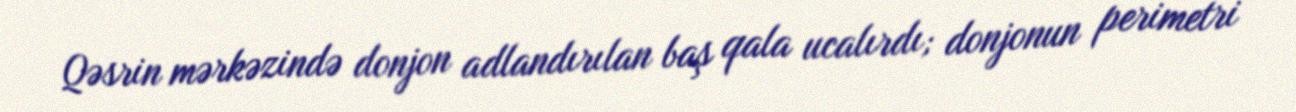
Qəsrin mərkəzində donjon adlandırılan baş qala ucalırdı; donjonun perimetri